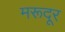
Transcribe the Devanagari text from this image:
मरूदूर